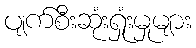
ပျက်စီးဆုံးရှုံးမှုများ